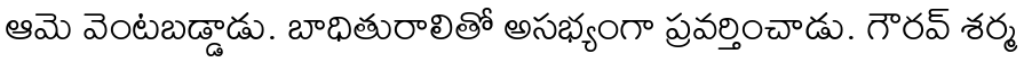
ఆమె వెంటబడ్డాడు. బాధితురాలితో అసభ్యంగా ప్రవర్తించాడు. గౌరవ్ శర్మ